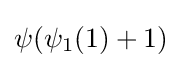
\psi (\psi _{1}(1)+1)